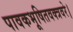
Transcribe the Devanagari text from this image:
पावकभूषितवक्त्रवरे।